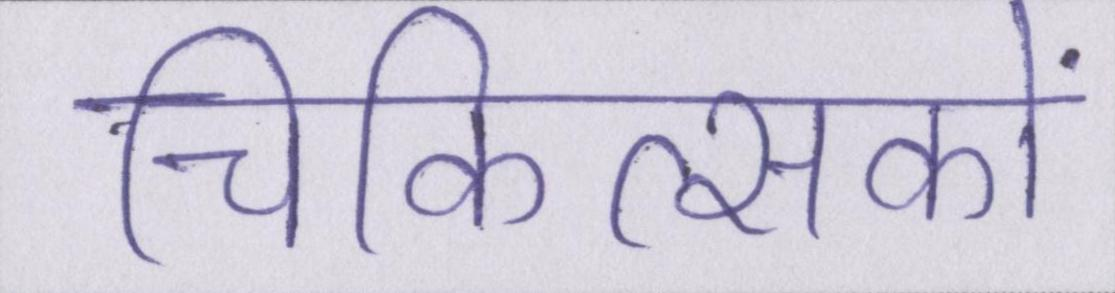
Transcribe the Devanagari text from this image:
चिकित्सकों